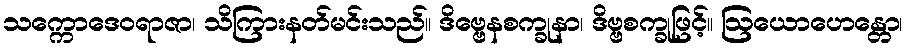
သက္ကောဒေဝရာဇာ၊ သိကြားနတ်မင်းသည်။ ဒိဗ္ဗေနစက္ခုနာ၊ ဒိဗ္ဗစက္ခုဖြင့်။ ဩယောဟေန္တော၊